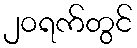
၂၀ရက်တွင်